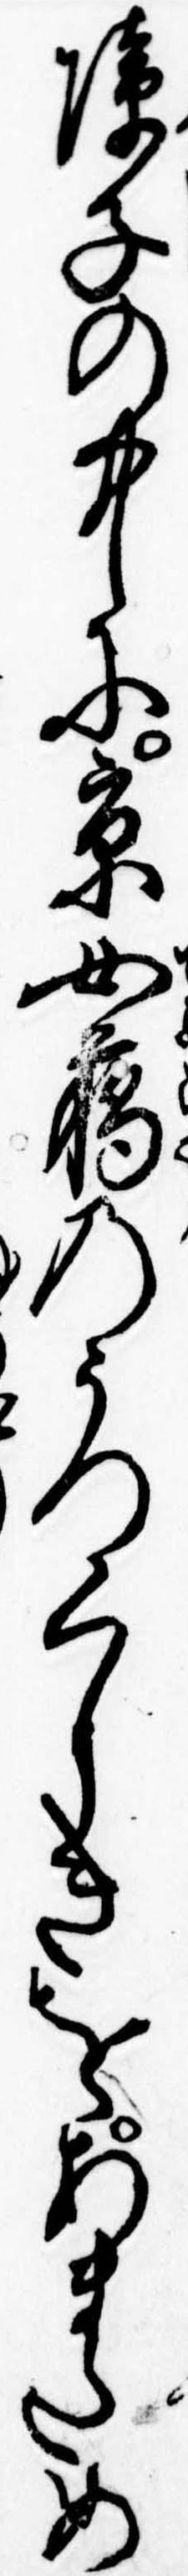
障子の中に京女﨟のうつくしきをあまため